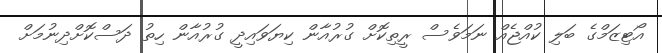
އޯޓިޒަމްގެ ބަލި ކުއްޖެއް ނަމަވެސް ރީތިކޮށް ގުރުއާން ކިޔަވައިދީ ގުރުއާން ހިތު ދަސްކޮށްދިނުމަށް